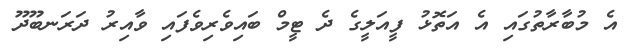
އެ މުބާރާތުގައި އެ އަތޮޅު ފީއަލީގެ ދެ ޓީމް ބައިވެރިވެފައި ވާއިރު ދަރަނބޫދޫ